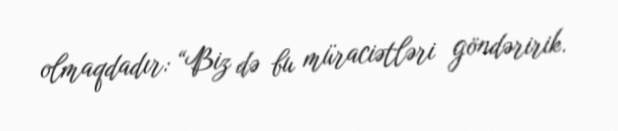
olmaqdadır: “Biz də bu müraciətləri göndəririk.